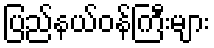
ပြည်နယ်ဝန်ကြီးများ